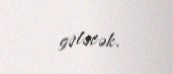
gələcək.